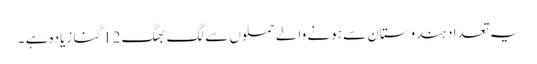
یہ تعداد ہندوستان سے ہونے والے حملوں سے لگ بھگ 12گنا زیادہ ہے ۔